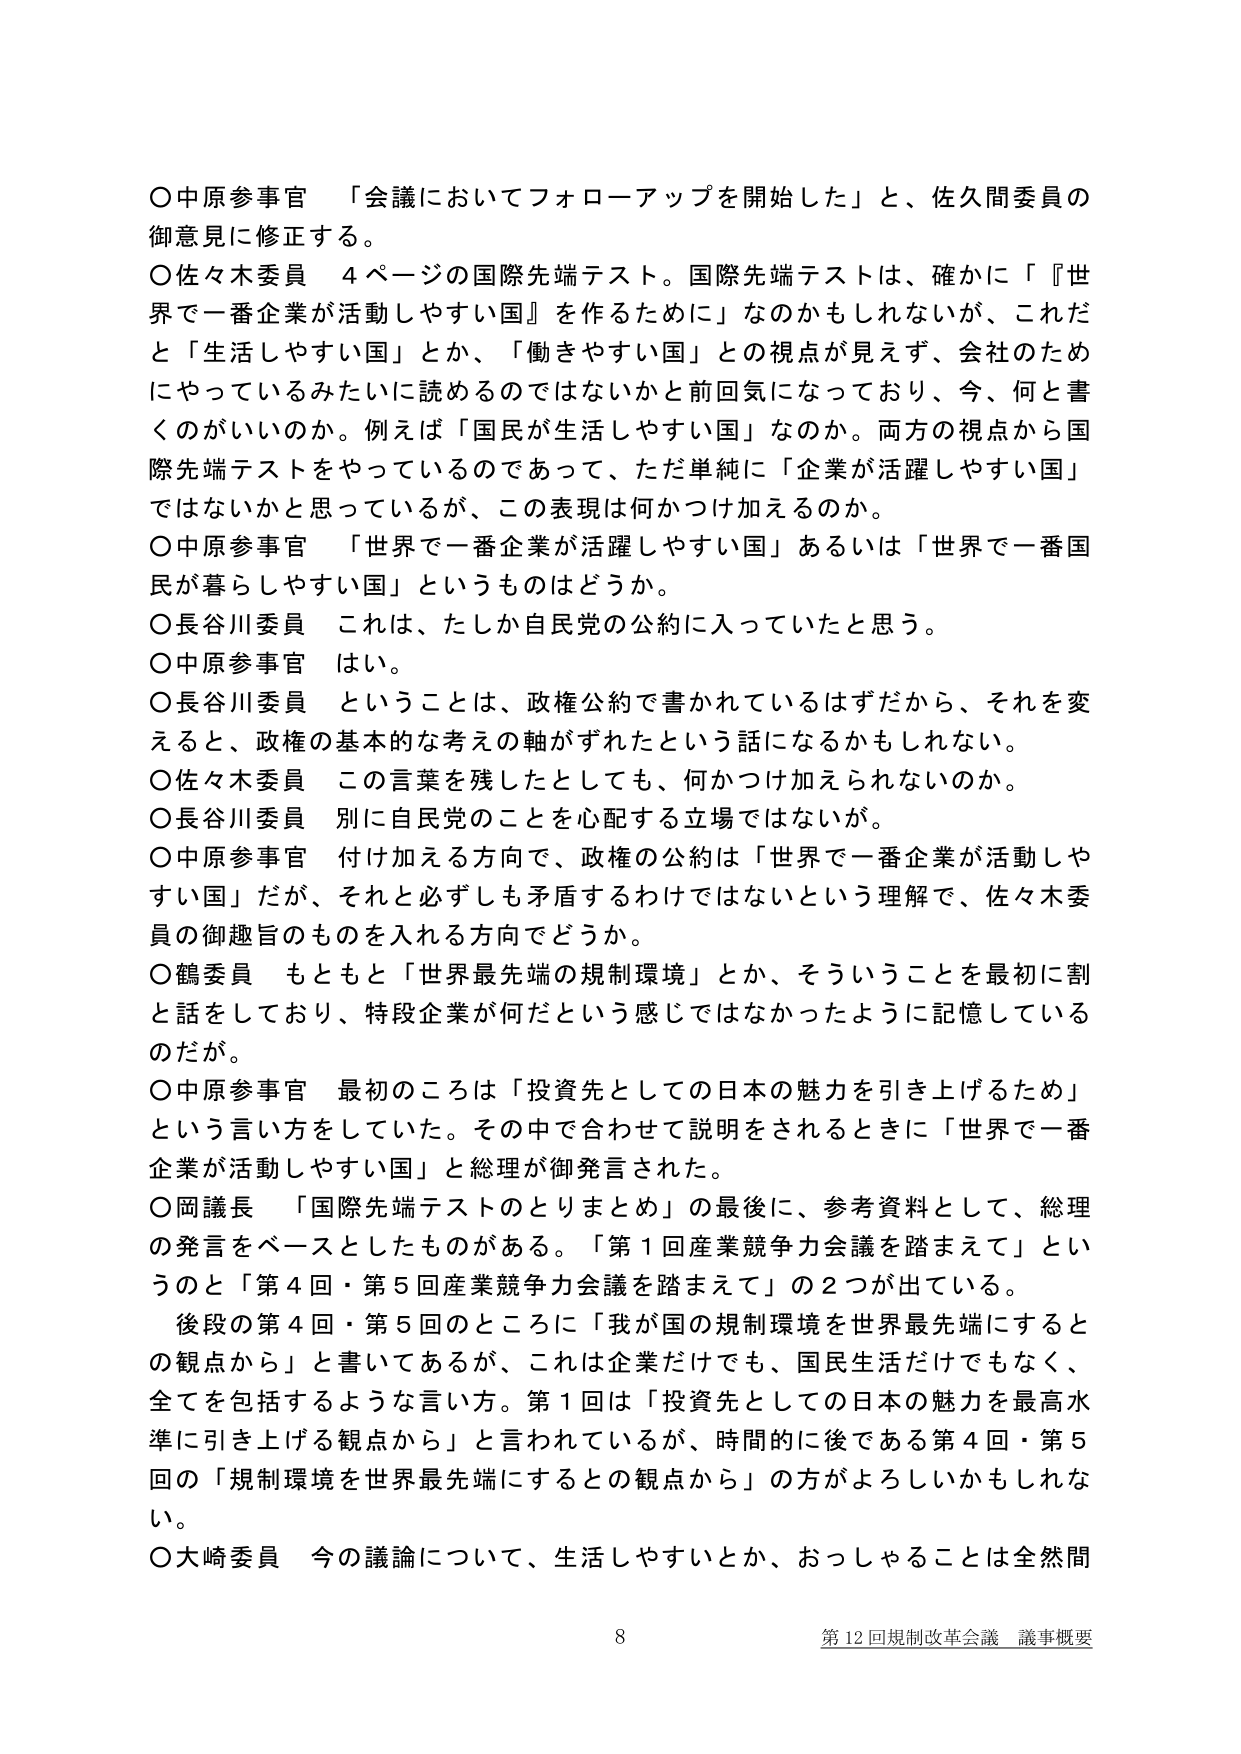
○中原参事官 「会議においてフォローアップを開始した」と、佐久間委員の御意見に修正する。

○佐々木委員 4ページの国際先端テスト。国際先端テストは、確かに「『世界で一番企業が活動しやすい国』を作るために」なのかもしれないが、これだと「生活しやすい国」とか、「働きやすい国」との視点が見えず、会社のためにやっているみたいに読めるのではないかと前回気になっており、今、何と書くのがいいのか。例えば「国民が生活しやすい国」なのか。両方の視点から国際先端テストをやっているのであって、ただ単純に「企業が活躍しやすい国」ではないかと思っているが、この表現は何かつけ加えるのか。

○中原参事官 「世界で一番企業が活躍しやすい国」あるいは「世界で一番国民が暮らしやすい国」というものはどうか。

○長谷川委員 これは、たしか自民党の公約に入っていたと思う。

○中原参事官 はい。

○長谷川委員 ということは、政権公約で書かれているはずだから、それを変えると、政権の基本的な考えの軸がずれたという話になるかもしれない。

○佐々木委員 この言葉を残したとしても、何かつけ加えられないのか。

○長谷川委員 別に自民党のことを心配する立場ではないが。

○中原参事官 付け加える方向で、政権の公約は「世界で一番企業が活動しやすい国」だが、それと必ずしも矛盾するわけではないという理解で、佐々木委員の御趣旨のものを入れる方向でどうか。

○鶴委員 もともと「世界最先端の規制環境」とか、そういうことを最初に割と話をしており、特段企業が何だという感じではなかったように記憶しているのだが。

○中原参事官 最初のころは「投資先としての日本の魅力を引き上げるため」という言い方をしていた。その中で合わせて説明をされるときに「世界で一番企業が活動しやすい国」と総理が御発言された。

○岡議長 「国際先端テストのとりまとめ」の最後に、参考資料として、総理の発言をベースとしたものがある。「第1回産業競争力会議を踏まえて」というのと「第4回・第5回産業競争力会議を踏まえて」の2つが出ている。

後段の第4回・第5回のところに「我が国の規制環境を世界最先端にするとの観点から」と書いてあるが、これは企業だけでも、国民生活だけでもなく、全てを包括するような言い方。第1回は「投資先としての日本の魅力を最高水準に引き上げる観点から」と言われているが、時間的に後である第4回・第5回の「規制環境を世界最先端にするとの観点から」の方がよろしいかもしれない。

○大崎委員 今の議論について、生活しやすいとか、おっしゃることは全然間

8 第12回規制改革会議 議事概要